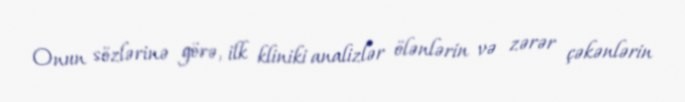
Onun sözlərinə görə, ilk kliniki analizlər ölənlərin və zərər çəkənlərin